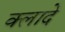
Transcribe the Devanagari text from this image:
क्लादे